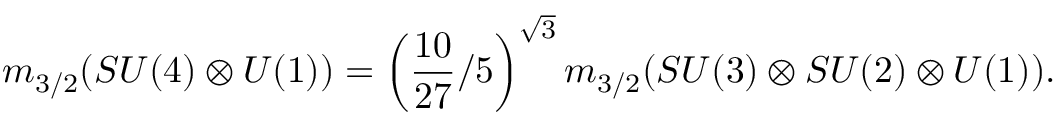
m _ { 3 / 2 } ( S U ( 4 ) \otimes U ( 1 ) ) = \left( \frac { 1 0 } { 2 7 } / 5 \right) ^ { \sqrt 3 } m _ { 3 / 2 } ( S U ( 3 ) \otimes S U ( 2 ) \otimes U ( 1 ) ) .